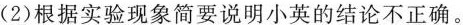
(2) 根据实验现象简要说明小英的结论不正确。